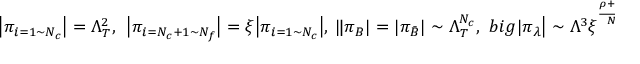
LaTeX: \big | \pi _ { i = 1 \sim N _ { c } } \big | = \Lambda _ { T } ^ { 2 } , \ \ \big | \pi _ { i = N _ { c } + 1 \sim N _ { f } } \big | = \xi \big | \pi _ { i = 1 \sim N _ { c } } \big | , \ \| \pi _ { B } | = | \pi _ { \bar { B } } | \sim \Lambda _ { T } ^ { N _ { c } } , \ \, b i g | \pi _ { \lambda } \big | \sim \Lambda ^ { 3 } \xi ^ { \frac { \rho + N _ { f } - N _ { c } } { N _ { f } - N _ { c } } } ,